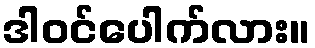
ဒါဝင်ပေါက်လား။